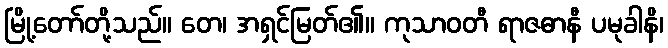
မြို့တော်တို့သည်။ တေ၊ အရှင်မြတ်၏။ ကုသာဝတီ ရာဇဓာနီ ပမုခါနိ၊